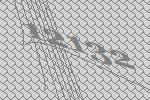
12132